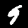
Digit: 9